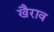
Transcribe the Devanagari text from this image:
खैराव